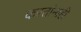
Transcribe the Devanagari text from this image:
करतांनाही